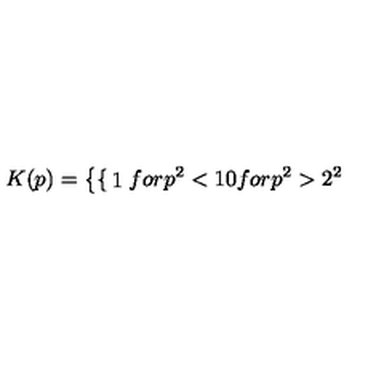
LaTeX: K ( p ) = \left\{ \begin{cases} { 1 } & { f o r p ^ { 2 } < 1 } \\ { 0 } & { f o r p ^ { 2 } > 2 ^ { 2 } } \\ \end{cases} \right.